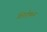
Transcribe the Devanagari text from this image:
शिडोकन